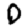
Digit: 0